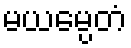
မယမ္ပေတံ